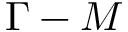
\Gamma - M